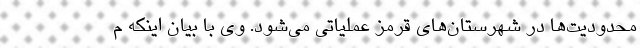
محدودیت‌ها در شهرستان‌های قرمز عملیاتی می‌شود. وی با بیان اینکه م